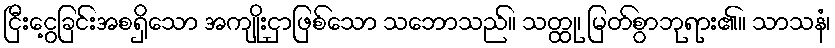
ငြီးငွေ့ခြင်းအစရှိသော အကျိုးငှာဖြစ်သော သဘောသည်။ သတ္ထု၊ မြတ်စွာဘုရား၏။ သာသနံ၊